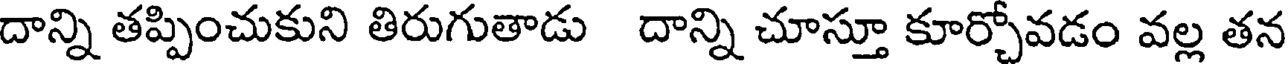
దాన్ని తప్పించుకుని తిరుగుతాడు దాన్ని చూస్తూ కూర్చోవడం వల్ల తన